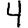
Digit: 4